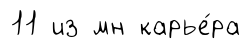
11 из мн карье́ра